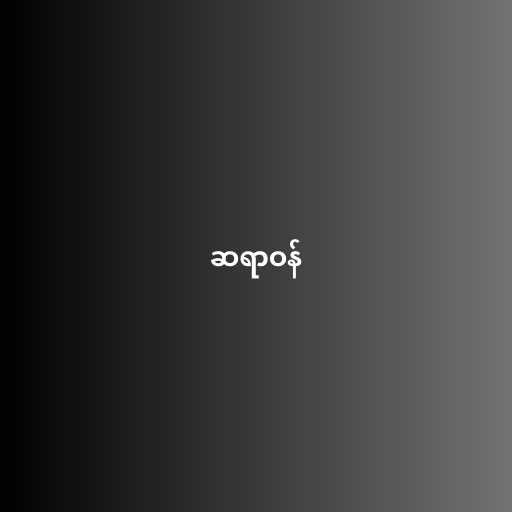
ဆရာဝန်